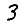
Digit: 3